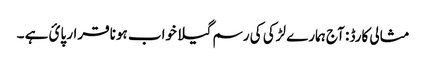
مثالی کارڈ : آج ہمارے لڑکی کی رسم گیلا خواب ہونا قرار پائ ہے ۔